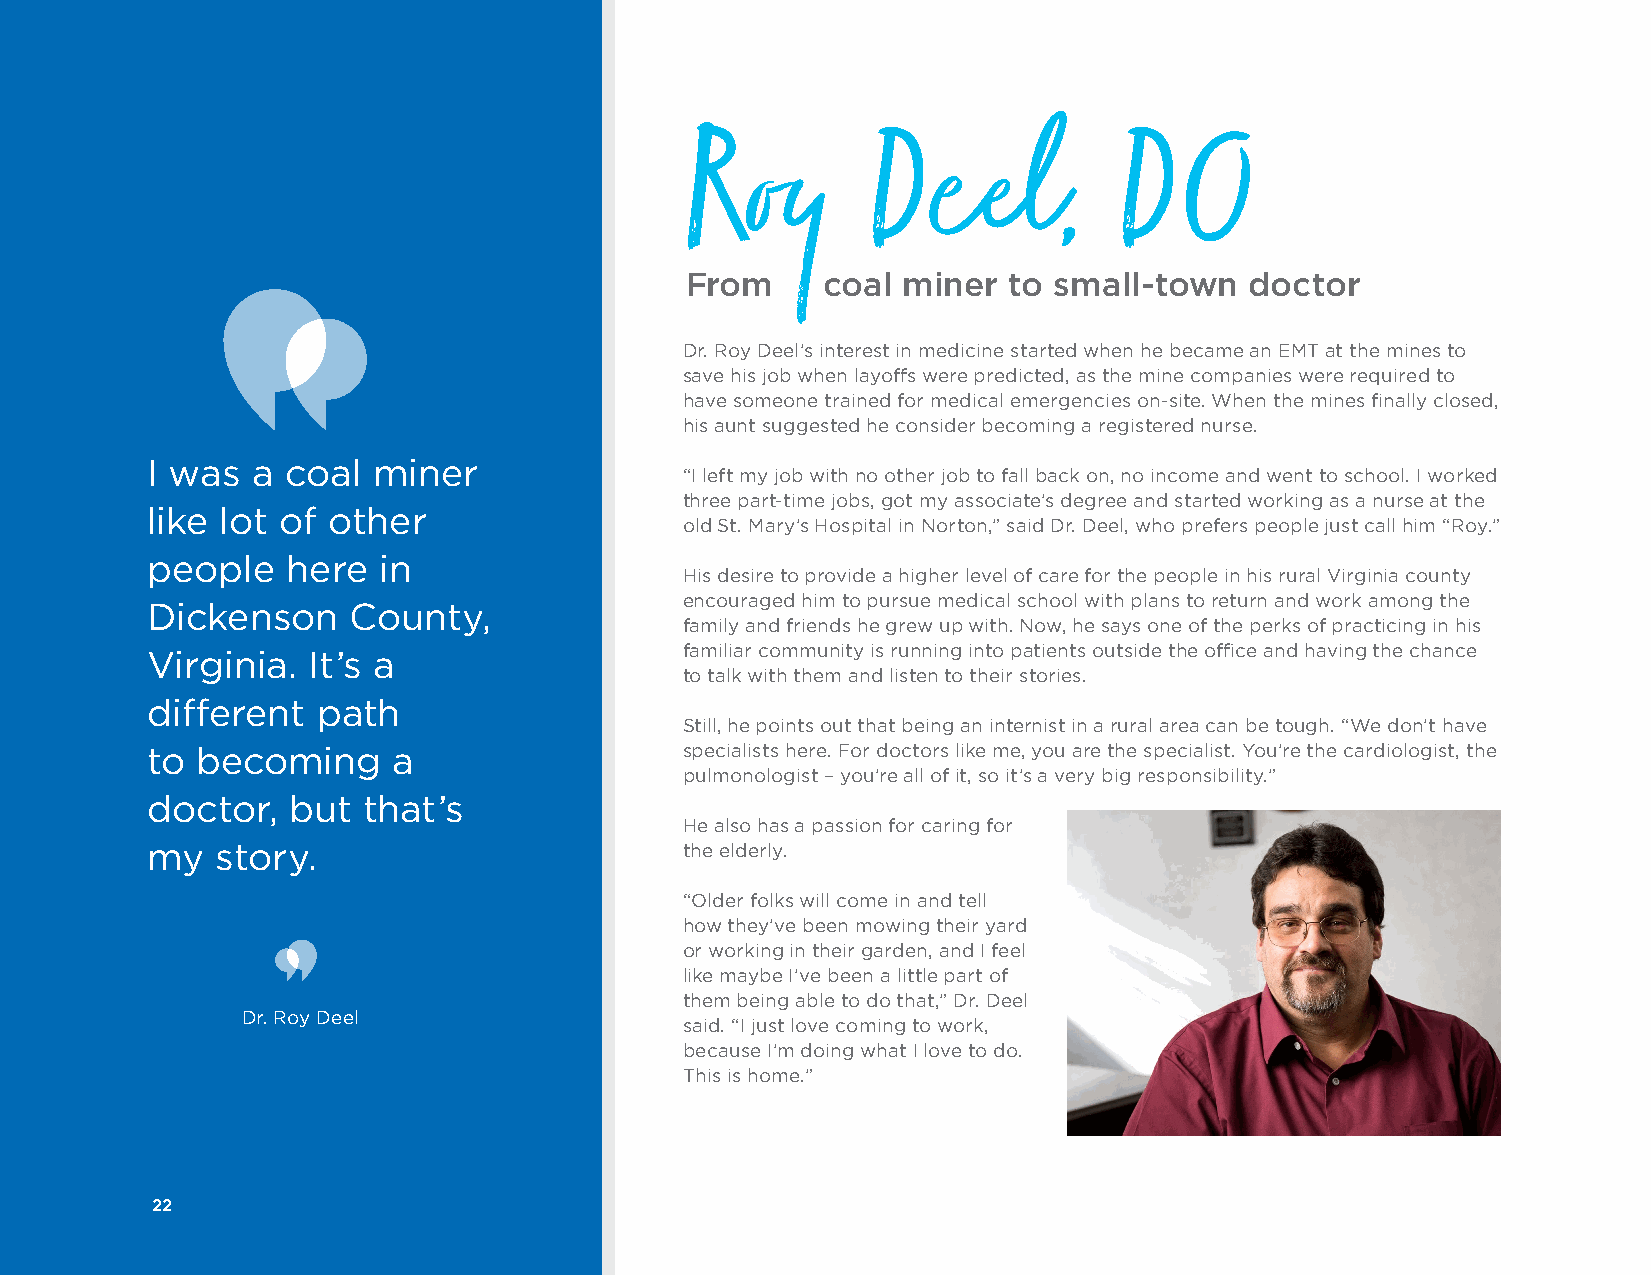
Roy         Deel,            DO
 From      coal miner  to small-town   doctor
 Dr. Roy Deel’s interest in medicine started when he became an EMT at the mines to
 save his job when layoffs were predicted, as the mine companies were required to
 have someone trained for medical emergencies on-site. When the mines finally closed,
 his aunt suggested he consider becoming a registered nurse.
 I was  a coal  miner
 “I left my job with no other job to fall back on, no income and went to school. I worked
 three part-time jobs, got my associate’s degree and started working as a nurse at the
 like lot of other
 old St. Mary’s Hospital in Norton,” said Dr. Deel, who prefers people just call him “Roy.”
 people   here  in
 His desire to provide a higher level of care for the people in his rural Virginia county
 encouraged him to pursue medical school with plans to return and work among the
 Dickenson    County,
 family and friends he grew up with. Now, he says one of the perks of practicing in his
 familiar community is running into patients outside the office and having the chance
 Virginia. It’s a
 to talk with them and listen to their stories.
 different  path
 Still, he points out that being an internist in a rural area can be tough. “We don’t have
 to becoming     a                  specialists here. For doctors like me, you are the specialist. You’re the cardiologist, the
 pulmonologist – you’re all of it, so it’s a very big responsibility.”
 doctor,  but  that’s
 He also has a passion for caring for
 my  story.                         the elderly.
 “Older folks will come in and tell
 how they’ve been mowing their yard
 or working in their garden, and I feel
 like maybe I’ve been a little part of
 them being able to do that,” Dr. Deel
 Dr. Roy Deel
 said. “I just love coming to work,
 because I’m doing what I love to do.
 This is home.”
 22